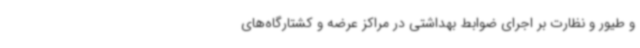
و طیور و نظارت بر اجرای ضوابط بهداشتی در مراکز عرضه و کشتارگاه‌های